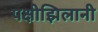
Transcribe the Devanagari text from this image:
पक्षीझिलानी